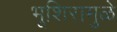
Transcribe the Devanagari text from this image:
भूशिरामुळे